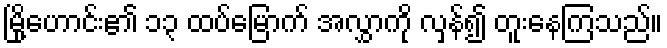
မြို့ဟောင်း၏ ၁၃ ထပ်မြောက် အလွှာကို လှန်၍ တူးနေကြသည်။